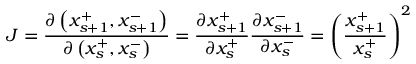
J = { \frac { \partial \left( x _ { s + 1 } ^ { + } , x _ { s + 1 } ^ { - } \right) } { \partial \left( x _ { s } ^ { + } , x _ { s } ^ { - } \right) } } = { \frac { \partial x _ { s + 1 } ^ { + } } { \partial x _ { s } ^ { + } } } { \frac { \partial x _ { s + 1 } ^ { - } } { \partial x _ { s } ^ { - } } } = \left( { \frac { x _ { s + 1 } ^ { + } } { x _ { s } ^ { + } } } \right) ^ { 2 }